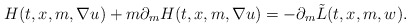
\begin{align*}H(t,x,m,\nabla u) + m\partial_m H(t,x,m,\nabla u) = -\partial_m \tilde{L}(t,x,m,w).\end{align*}